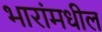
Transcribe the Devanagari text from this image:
भारांमधील